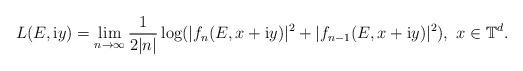
LaTeX: \begin{align*}L(E,\mathrm{i}y)=\lim_{n\rightarrow \infty}\frac{1}{2|n|} \log (|f_{n}(E,x+\mathrm{i}y)|^{2}+|f_{n-1}(E,x+\mathrm{i}y)|^{2}),\ x \in\mathbb{T}^{d}.\end{align*}